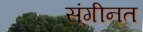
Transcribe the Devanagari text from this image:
स्ंगीनत